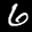
Label: 6